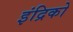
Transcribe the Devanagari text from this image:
इंद्रिको